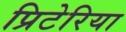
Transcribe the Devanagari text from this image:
प्रिटेरिया